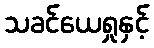
သခင်ယေရှုနှင့်